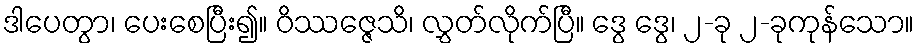
ဒါပေတွာ၊ ပေးစေပြီး၍။ ဝိဿဇ္ဇေသိ၊ လွှတ်လိုက်ပြီ။ ဒွေ ဒွေ၊ ၂-ခု ၂-ခုကုန်သော။